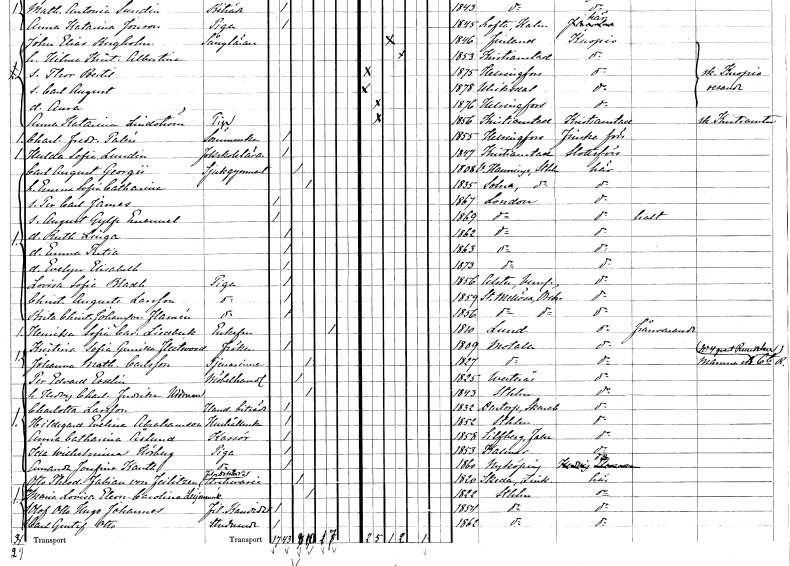
gt_parse: households: individuals: FN: Carl August
EN: Georgii
YRKE: Sjukgymnast
KON: M
CIV: G
FODAR: 1808
FODFORS: Västerhaninge Stockholms län
FN: Emma Sofia Catharina
KON: K
CIV: G
FODAR: 1835
FODFORS: Solna Stockholms län
FN: Per Carl James
KON: M
CIV: O
FODAR: 1867
FN: August Gylfe Emanuel
KON: M
CIV: O
FODAR: 1869
FN: Ruth Linga
KON: K
CIV: O
FODAR: 1862
FN: Emma Tutia
KON: K
CIV: O
FODAR: 1863
FN: Evelyn Elisabeth
KON: K
CIV: O
FODAR: 1873
FN: Lovisa Sofia
EN: Bladh
YRKE: Piga
KON: K
CIV: O
FODAR: 1856
FODFORS: Alster Värmlands län
FN: Christina Augusta
EN: Larsson
YRKE: Piga
KON: K
CIV: O
FODAR: 1859
FODFORS: Stora Mellösa Örebro län
FN: Brita Christina
EN: Johansson Flamén
YRKE: Piga
KON: K
CIV: O
FODAR: 1856
FODFORS: Stora Mellösa Örebro län
FN: Henrika Sofia Carolina
EN: Liedbeck
KON: K
CIV: E
FODAR: 1810
FODFORS: Lund Malmöhus län
FN: Kristina Sofia Gunilla
EN: Fleetwood
KON: K
CIV: O
FODAR: 1809
FODFORS: Motala Östergötlands län
FN: Johanna Mathilda
EN: Carlsson
YRKE: Tjänarinna
KON: K
CIV: G
FODAR: 1827
FODFORS: Motala Östergötlands län
FN: Per Edvard
EN: Esselin
YRKE: Möbelhandlare
KON: M
CIV: G
FODAR: 1825
FODFORS: Västerås Västmanlands län
FN: Hedvig Charlotta Fredrika
EN: Uddman
KON: K
CIV: G
FODAR: 1843
FODFORS: Stockholm
FN: Charlotta
EN: Larsson
YRKE: Handelsbiträde
KON: K
CIV: O
FODAR: 1832
FODFORS: Daretorp Skaraborgs län
FN: Hildegard Evelina
EN: Abrahamson
YRKE: Hushållerska
KON: K
CIV: O
FODAR: 1852
FODFORS: Stockholm
FN: Anna Catharina
EN: Åslund
YRKE: Kassör
KON: K
CIV: O
FODAR: 1858
FODFORS: Silvberg Kopparbergs län
FN: Ida Wilhelmina
EN: Hörberg
YRKE: Piga
KON: K
CIV: O
FODAR: 1853
FODFORS: Kalmar Kalmar län
FN: Amanda Josefina
EN: Kanth
YRKE: Piga
KON: K
CIV: O
FODAR: 1860
FODFORS: Nyköping Södermanlands län
FN: Otto Theodor Fabian
EN: von Feilitzen
YRKE: Fil. doktor Arkivarie
KON: M
CIV: G
FODAR: 1820
FODFORS: Skeda Östergötlands län
FN: Maria Lovisa Eleonora Carolina
EN: Leijonmarck
KON: K
CIV: G
FODAR: 1822
FODFORS: Stockholm
FN: Olof Otto Hugo Johannes
YRKE: Fil. kand.
KON: M
CIV: O
FODAR: 1854
FODFORS: Stockholm
FN: Carl Gustaf Otto
YRKE: Studerande
KON: M
CIV: O
FODAR: 1862
FODFORS: Stockholm